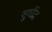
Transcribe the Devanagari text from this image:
सुधींद्र